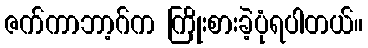
ဇက်ကာဘာ့ဂ်က ကြိုးစားခဲ့ပုံရပါတယ်။